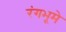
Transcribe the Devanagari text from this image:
रंगभूमे